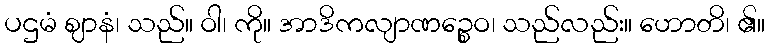
ပဌမံ ဈာနံ၊ သည်။ ဝါ၊ ကို။ အာဒိကလျာဏဉ္စေဝ၊ သည်လည်း။ ဟောတိ၊ ၏။